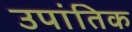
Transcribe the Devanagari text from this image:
उपांतिक